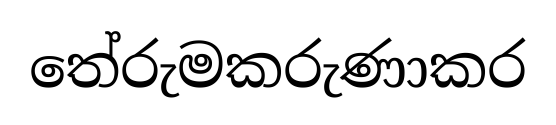
තේරුමකරුණාකර